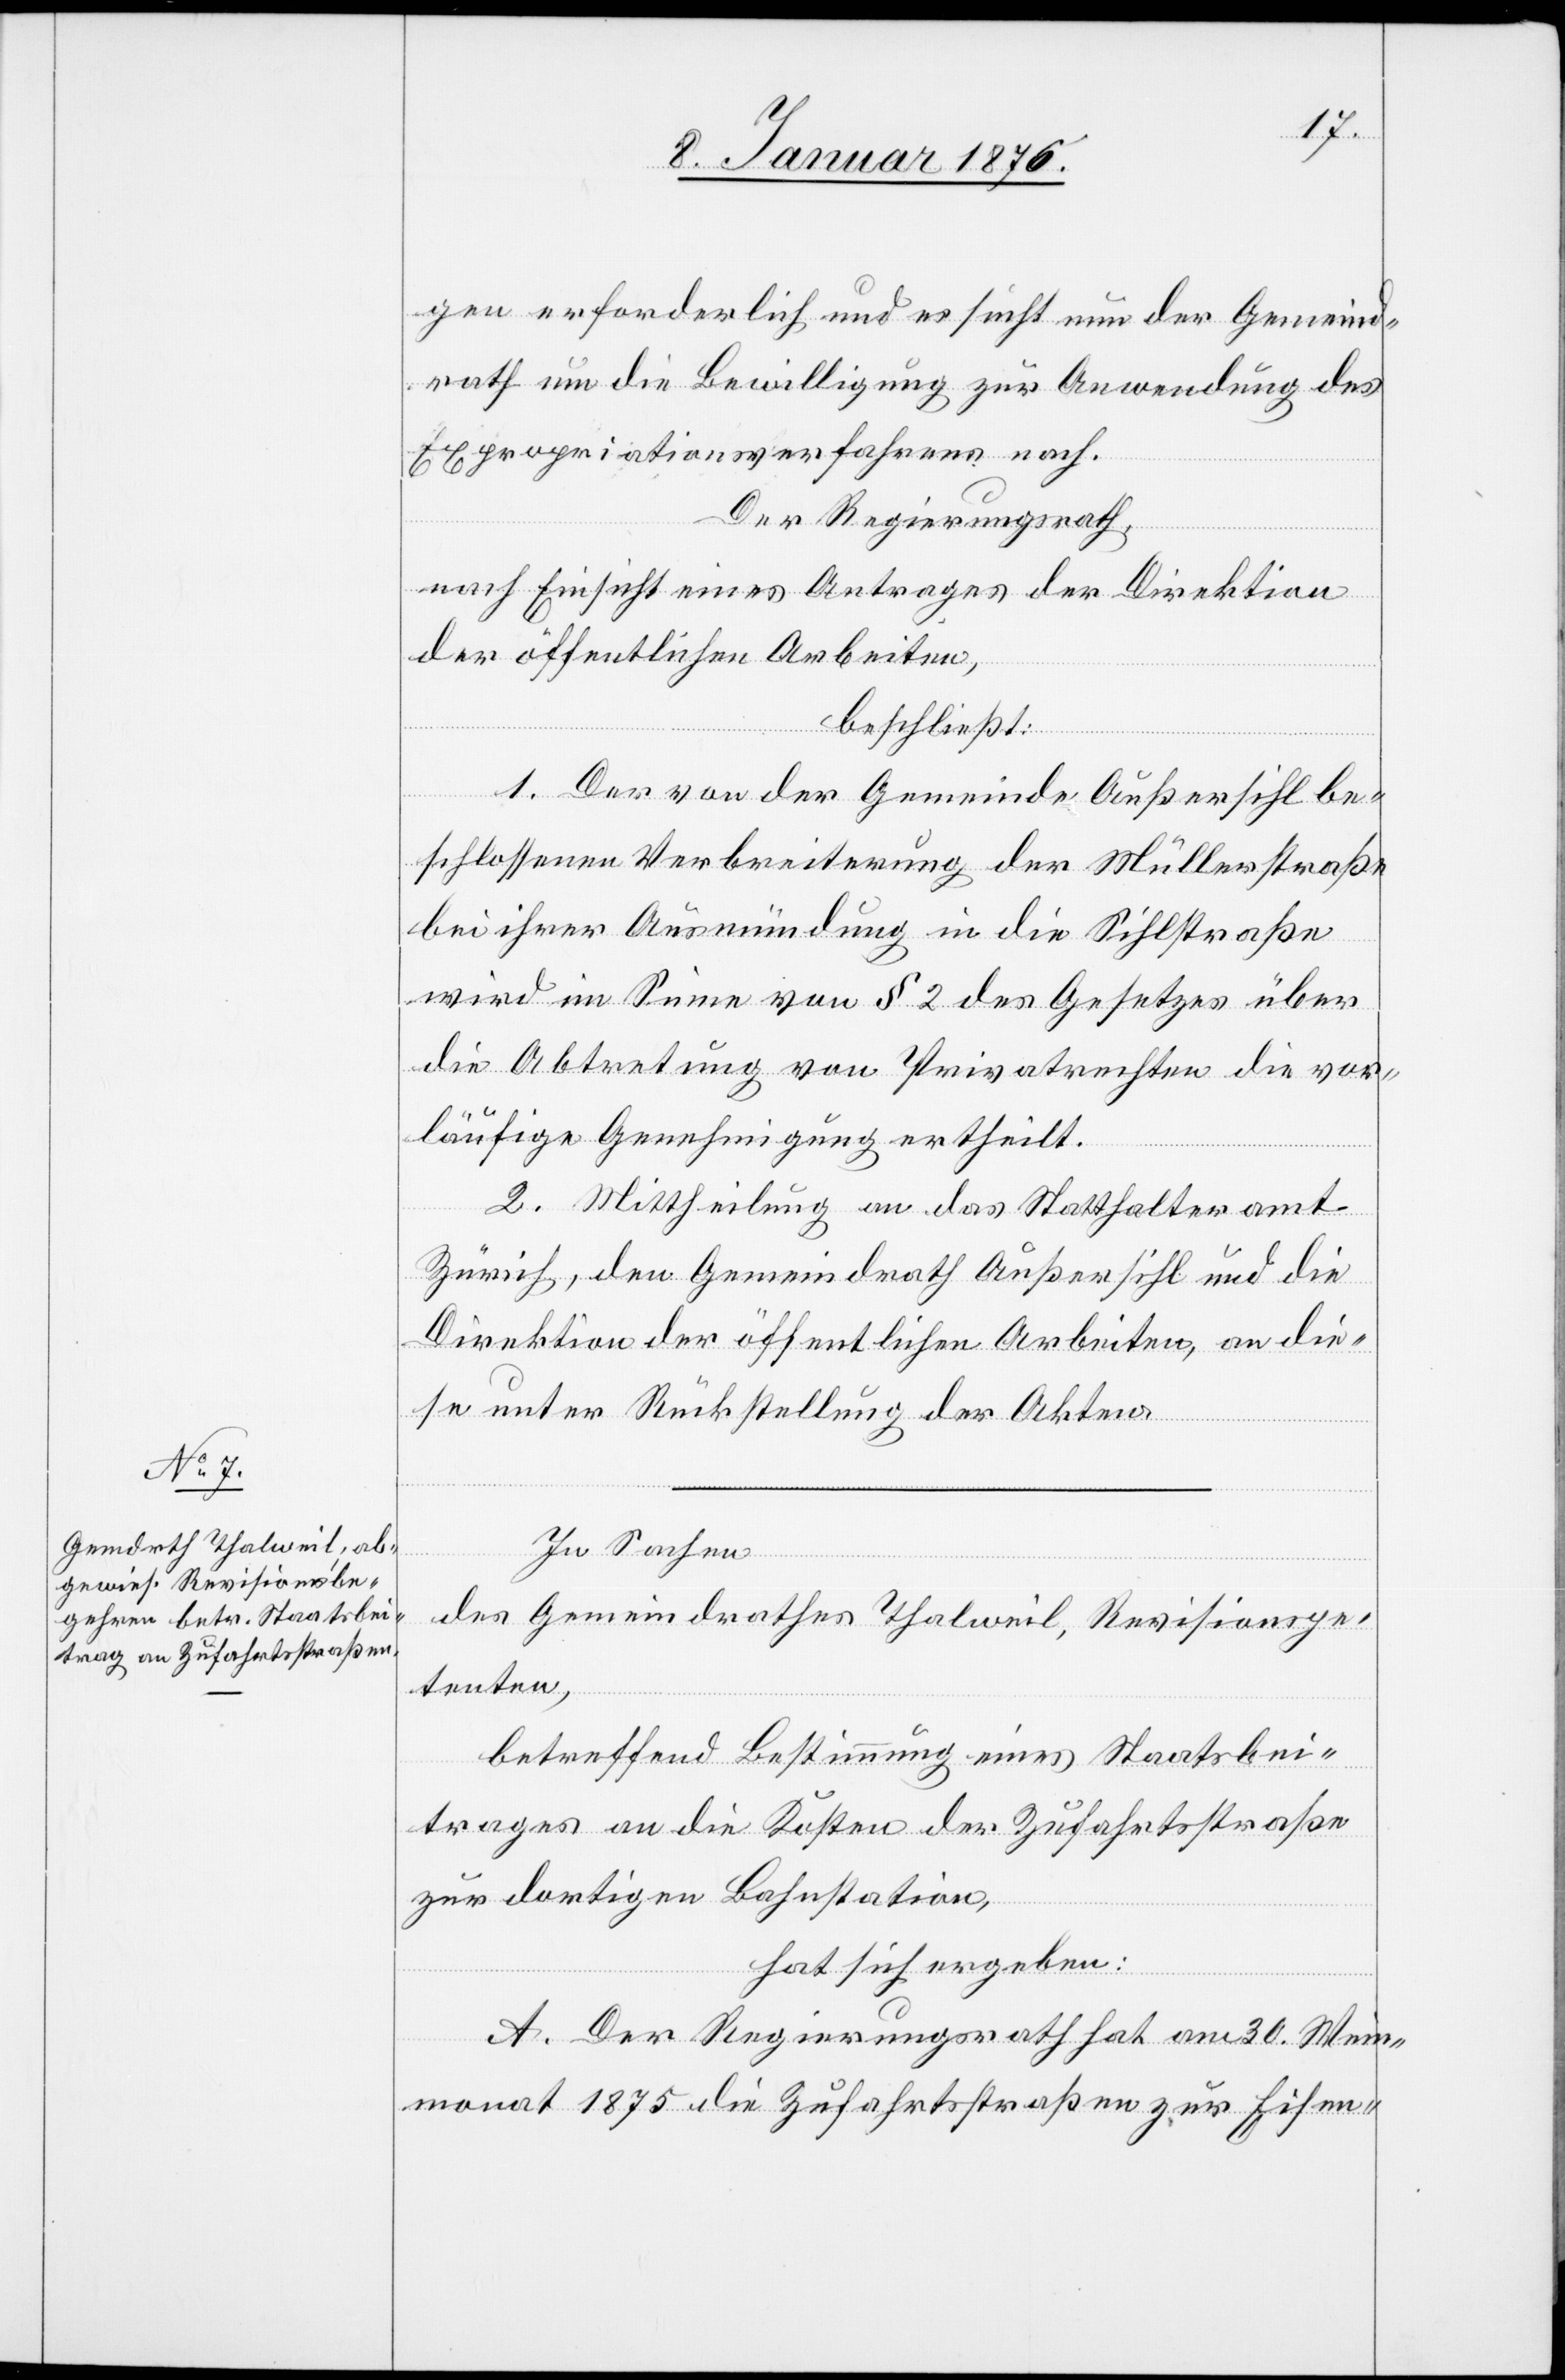
gen erforderlich und es sucht nun der Gemeind¬
rath um die Bewilligung zur Anwendung des
Expropriationsverfahrens nach.
Der Regierungsrath,
nach Einsicht eines Antrages der Direktion
der öffentlichen Arbeiten,
beschließt:
1. Der von der Gemeinde Außersihl be¬
schlossenen Verbreitung der Müllerstraße
bei ihrer Ausmündung in die Sihlstraße
wird im Sinne von § 2 des Gesetzes über
die Abtretung von Privatrechten die vor¬
läufige Genehmigung ertheilt.
2. Mittheilung an das Statthalteramt
Zürich, den Gemeindrath Außersihl und die
Direktion der öffentlichen Arbeiten, an die¬
se unter Rückstellung der Akten.
In Sachen
des Gemeindrathes Thalweil, Revisionspe¬
tenten,
betreffend Bestimmung eines Staatsbei¬
trages an die Kosten der Zufahrtsstraße
zur dortigen Bahnstation,
hat sich ergeben:
A. Der Regierungsrath hat am 30. Wein¬
monat 1875 die Zufahrtsstraßen zur Eisen-